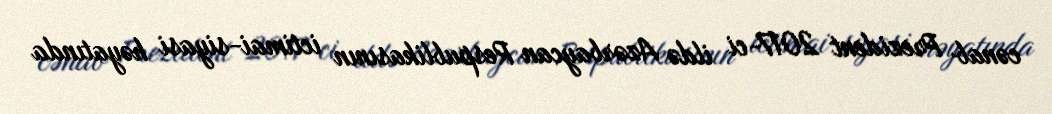
cənab Prezident 2017-ci ildə Azərbaycan Respublikasının ictimai-siyasi həyatında